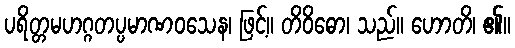
ပရိတ္တမဟဂ္ဂတပ္ပမာဏဝသေန၊ ဖြင့်။ တိဝိဓော၊ သည်။ ဟောတိ၊ ၏။